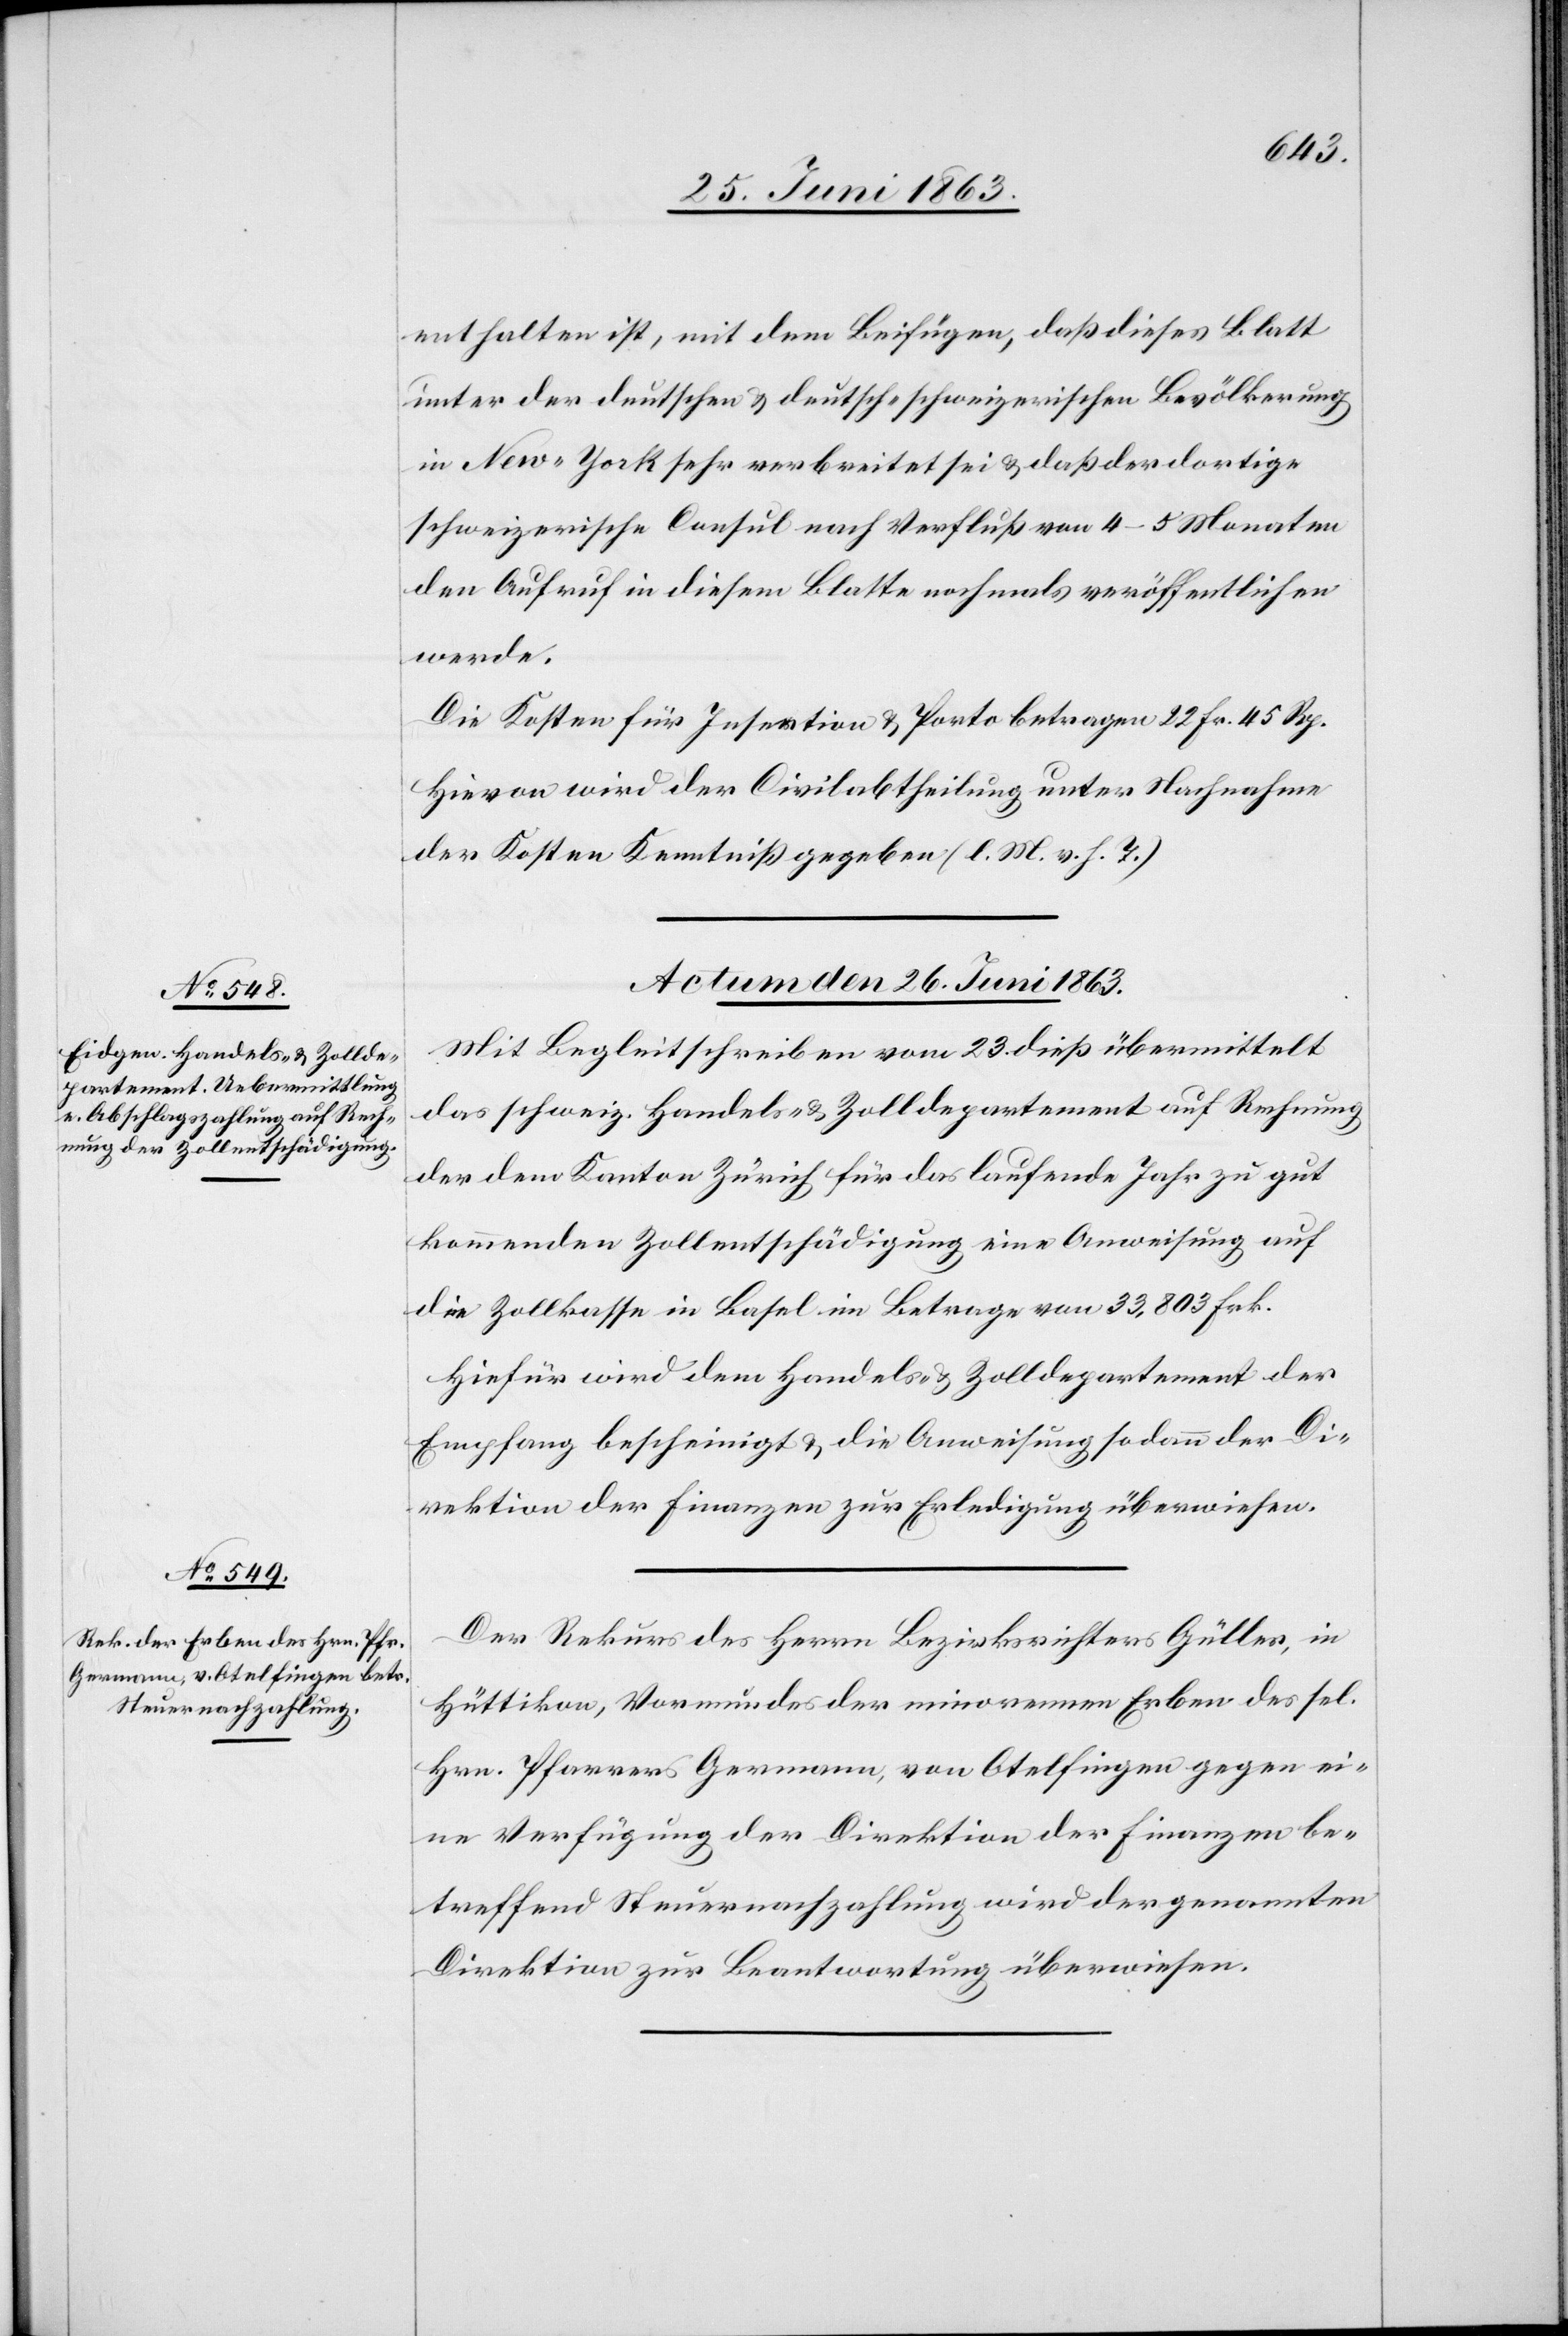
enthalten ist, mit dem Beifügen, daß dieses Blatt
unter der deutschen & deutsch-schweizerischen Bevölkerung
in New-York sehr verbreitet sei & daß der dortige
schweizerische Consul nach Verfluß vom 4–5 Monaten
den Aufruf in diesem Blatte nochmals veröffentlichen
werde.
Die Kosten für Insertion & Porto betragen 22 Fr. 45 Rp.
Hievon wird der Civilabtheilung unter Nachnahme
der Kosten Kenntniß gegeben (l. M. v. h. T.)
Actum den 26. Juni 1863.]
Mit Begleitschreiben vom 23. dieß übermittelt
das schweiz. Handels- & Zolldepartement auf Rechnung
der dem Kanton Zürich für das laufende Jahr zu gut
kommenden Zollentschädigung eine Anweisung auf
die Zollkasse in Basel im Betrage von 33,800 Frk.
Hiefür wird dem Handels- & Zolldepartement der
Empfang bescheinigt & die Anweisung sodann der Di¬
rektion der Finanzen zur Erledigung überwiesen.
Der Rekurs des Herrn Bezirksrichters Güller, in
Hüttikon, Vormundes der minorennen Erben des sel.
Hrn. Pfarrers Germann, von Otelfingen gegen ei¬
ne Verfügung der Direktion der Finanzen be¬
treffend Steuernachzahlung wird der genannten
Direktion zur Beantwortung überwiesen.